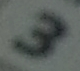
3